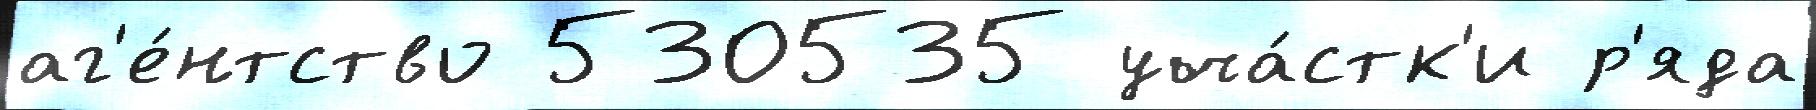
аг'е́нтство 530535 уча́стк'и р'яда